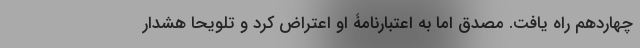
چهاردهم راه یافت. مصدق اما به اعتبار‌نامۀ او اعتراض کرد و تلویحا هشدار